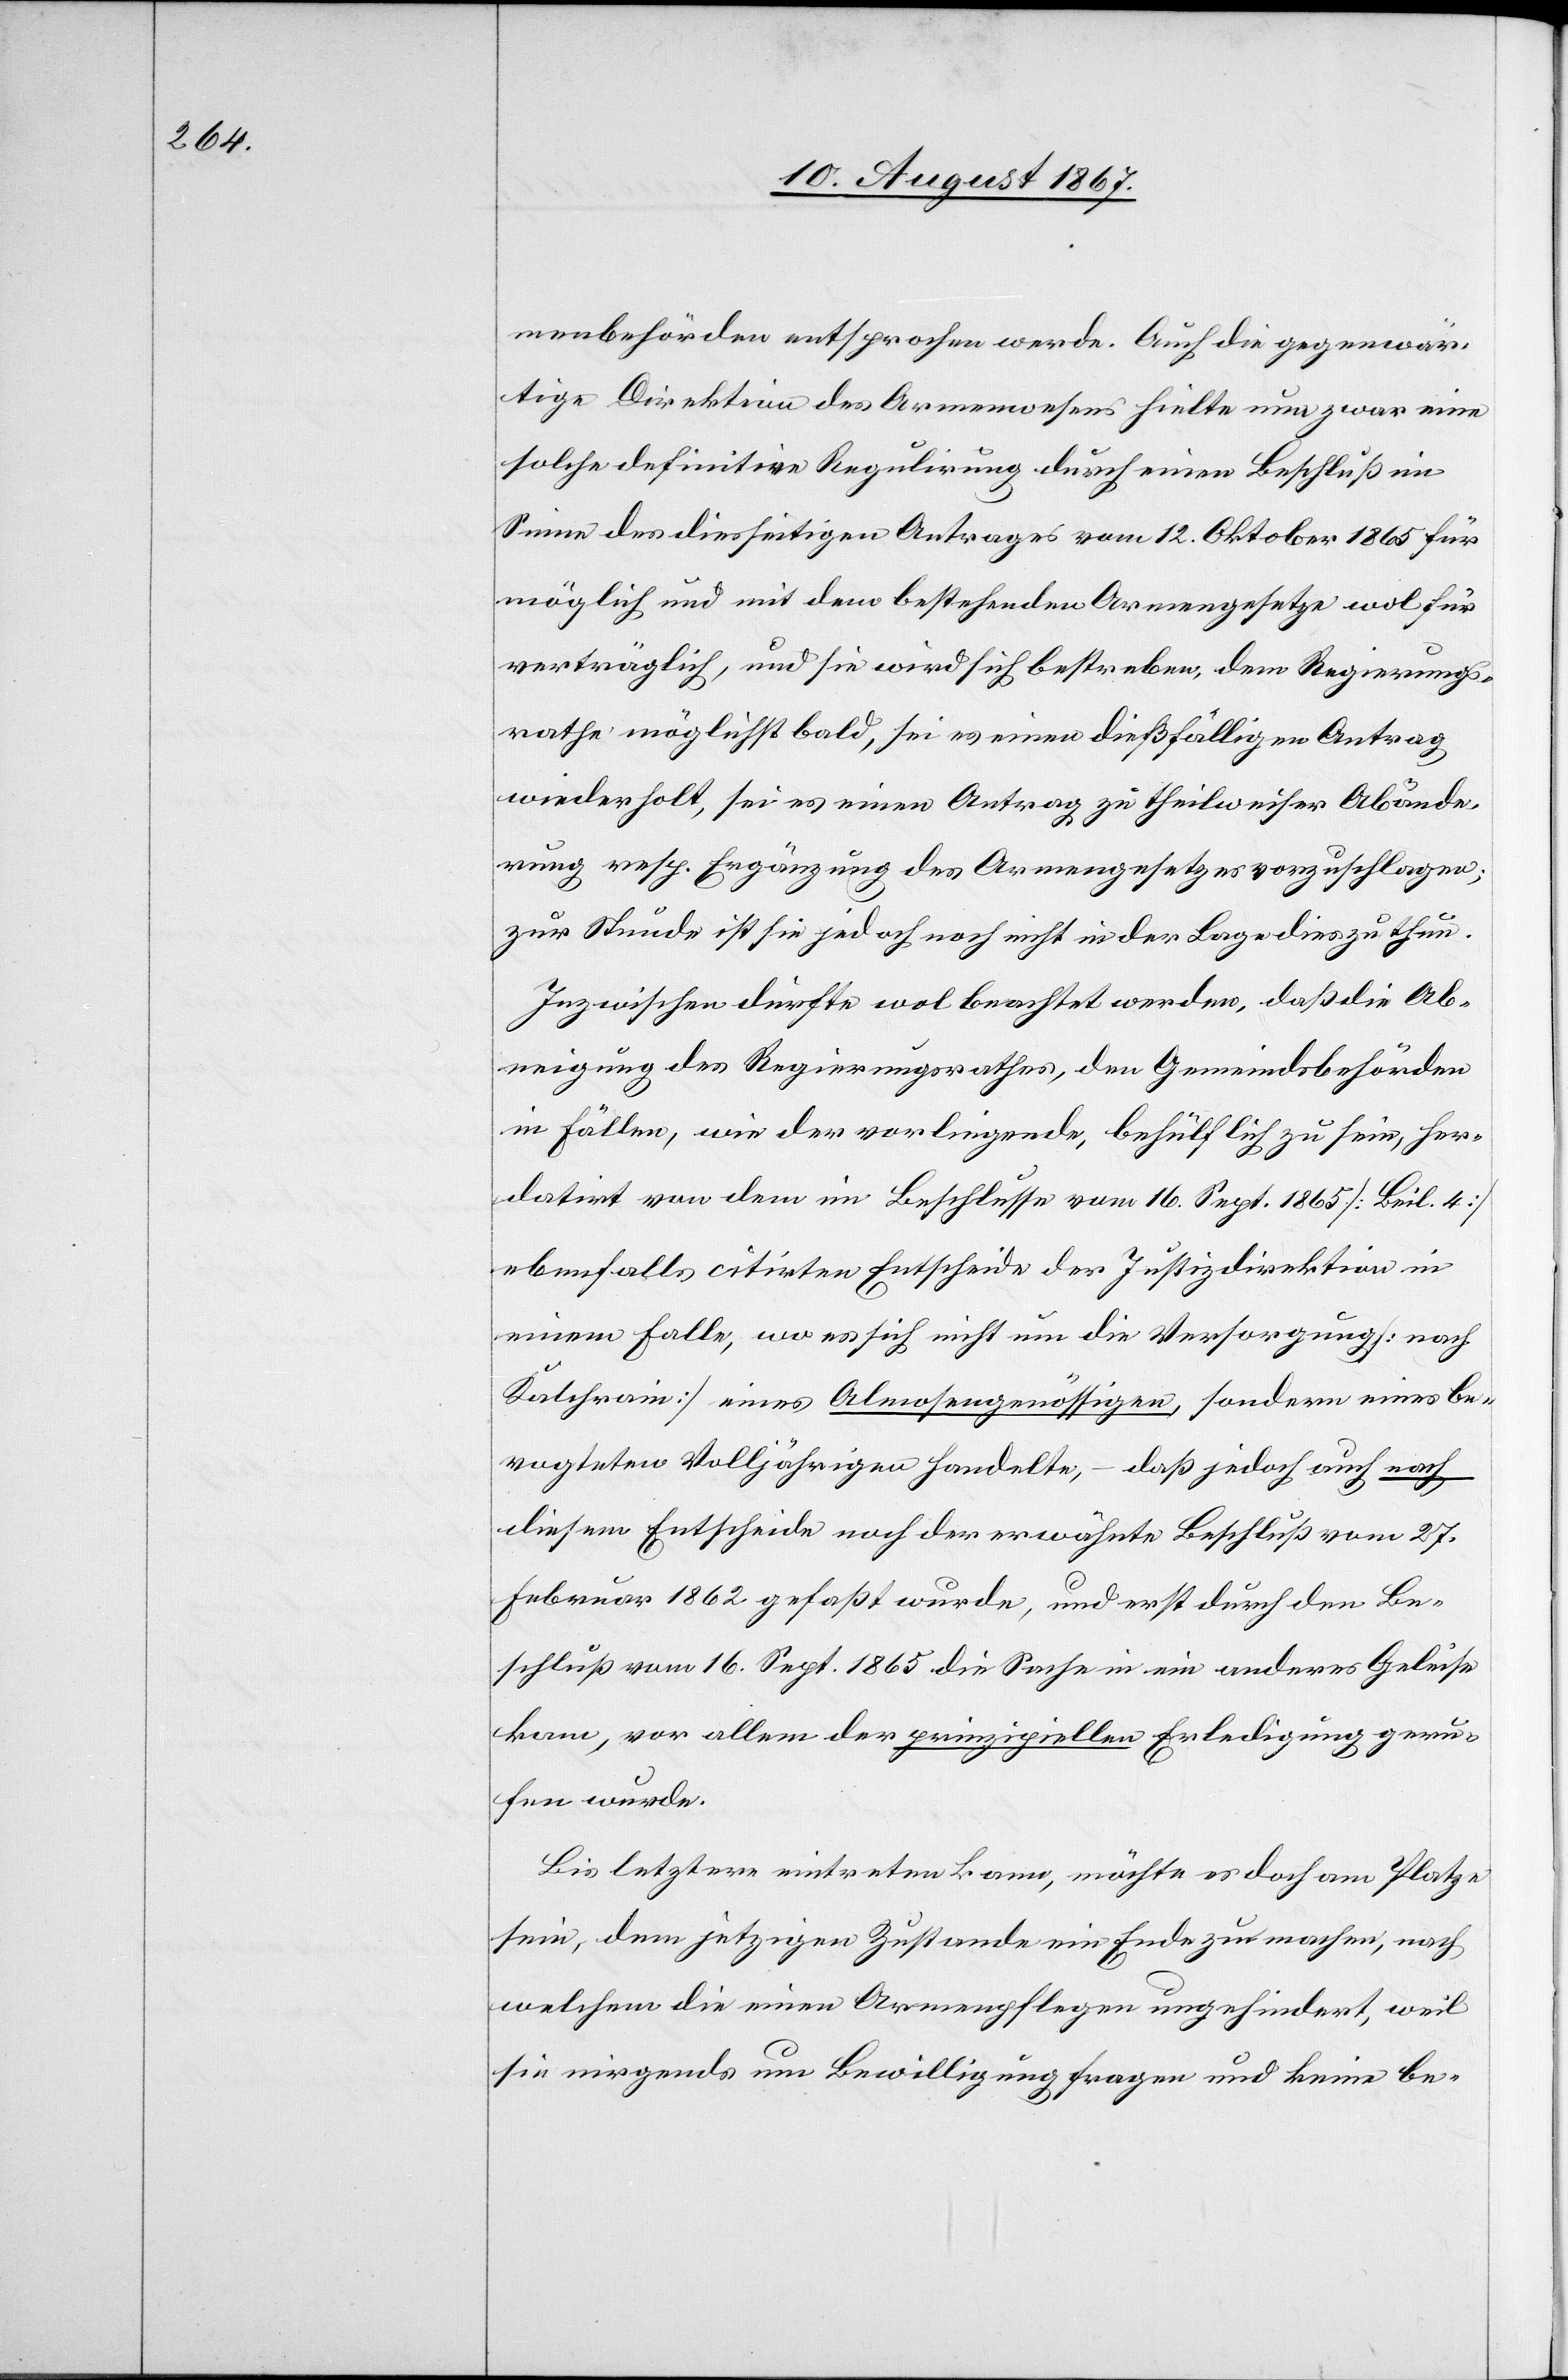
menbehörden entsprochen werde. Auch die gegenwär¬
tige Direktion des Armenwesens hielte nun zwar eine
solche definitive Regulirung durch einen Beschluß im
Sinne des diesseitigen Antrages vom 12. Oktober 1765 für
möglich und mit dem bestehenden Armengesetze wol für
verträglich, und sie wird sich bestreben, dem Regierungs¬
rathe möglichst bald, sei es einen dießfälligen Antrag
wiederholt, sei es einen Antrag zu theilweiser Abände¬
rung resp. Ergänzung des Armengesetzes vorzuschlagen;
zur Stunde ist sie jedoch noch nicht in der Lage dies zu thun.
Inzwischen dürfte wol beachtet werden, daß die Ab¬
neigung des Regierungsrathes, den Gemeindsbehörden
in Fällen, wie der vorliegende, behülflich zu sein, her¬
datirt von dem im Beschlusse vom 16. Sept. 1865 [Beil. 4]
ebenfalls citirten Entscheide der Justizdirektion in
einem Falle, wo es sich nicht um die Versorgung [nach
Kalchrain] eines Almosengenössigen, sondern eines be¬
vogteten Volljährigen handelte, – daß jedoch auch nach
diesem Entscheide noch der erwähnte Beschluß vom 27.
Februar 1862 gefaßt wurde, und erst durch den Be¬
schluß vom 16. Sept 1865 die Sache in ein anderes Geleise
kam, vor allem der prinzipiellen Erledigung geru¬
fen wurde.
Bis letztere eintreten kann, möchte es doch am Platze
sein, dem jetzigen Zustande ein Ende zu machen, nach
welchem die einen Armenpflegen ungehindert, weil
sie nirgends um Bewilligung fragen und keine be-